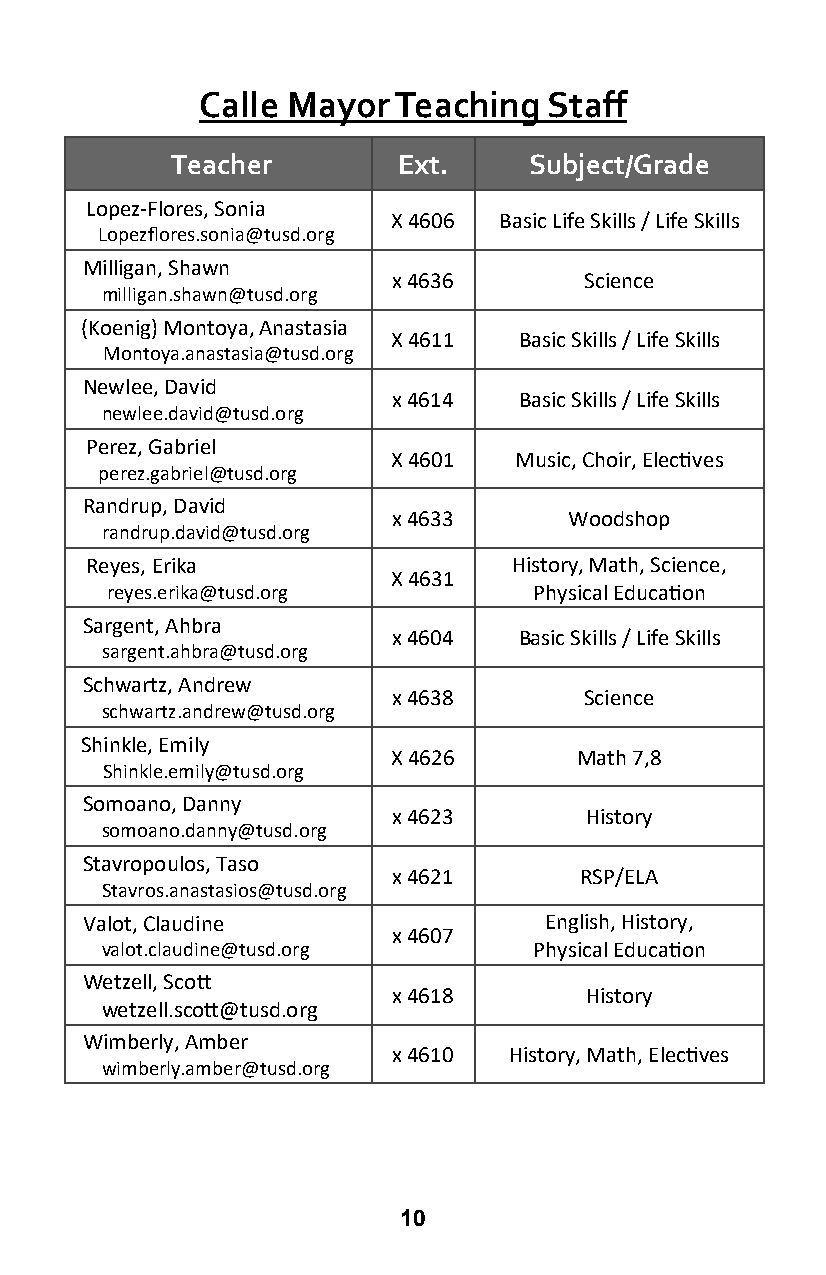
Calle Mayor  Teaching  Staff
 Teacher        Ext.     Subject/Grade
 Lopez-Flores, Sonia
 X 4606 Basic Life Skills / Life Skills
 Lopezflores.sonia@tusd.org
 Milligan, Shawn
 x 4636       Science
 milligan.shawn@tusd.org
 (Koenig) Montoya, Anastasia
 X 4611  Basic Skills / Life Skills
 Montoya.anastasia@tusd.org
 Newlee, David
 x 4614  Basic Skills / Life Skills
 newlee.david@tusd.org
 Perez, Gabriel
 X 4601  Music, Choir, Electives
 perez.gabriel@tusd.org
 Randrup, David
 x 4633      Woodshop
 randrup.david@tusd.org
 Reyes, Erika                History, Math, Science,
 X 4631
 reyes.erika@tusd.org        Physical Education
 Sargent, Ahbra
 x 4604  Basic Skills / Life Skills
 sargent.ahbra@tusd.org
 Schwartz, Andrew
 x 4638       Science
 schwartz.andrew@tusd.org
 Shinkle, Emily
 X 4626      Math 7,8
 Shinkle.emily@tusd.org
 Somoano, Danny
 x 4623       History
 somoano.danny@tusd.org
 Stavropoulos, Taso
 x 4621      RSP/ELA
 Stavros.anastasios@tusd.org
 Valot, Claudine                English, History,
 x 4607
 valot.claudine@tusd.org     Physical Education
 Wetzell, Scott
 x 4618       History
 wetzell.scott@tusd.org
 Wimberly, Amber
 x 4610  History, Math, Electives
 wimberly.amber@tusd.org
 10